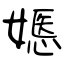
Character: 嫕